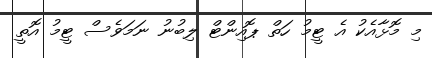
މި މޮޅާއެކު އެ ޓީމު ހަތް ޕޮއިންޓް ލިބުނު ނަމަވެސް ޓީމު އޮތީ